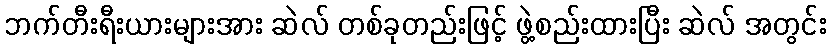
ဘက်တီးရီးယားများအား ဆဲလ် တစ်ခုတည်းဖြင့် ဖွဲ့စည်းထားပြီး ဆဲလ် အတွင်း